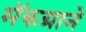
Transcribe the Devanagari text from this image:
मॅकग्राने